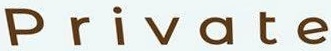
Private